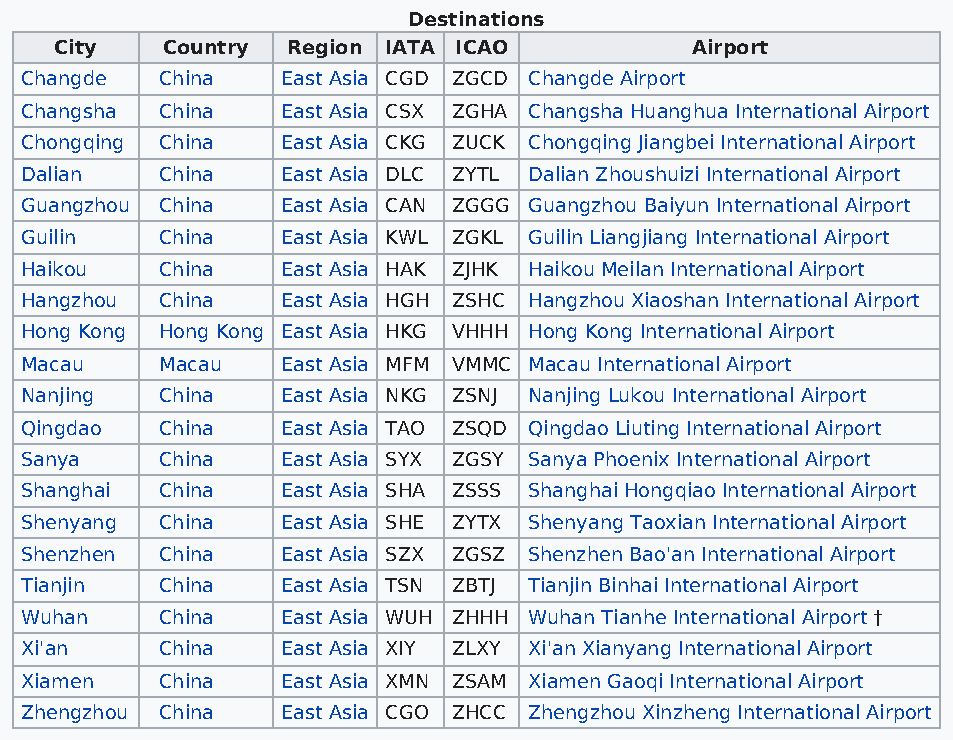
Destinations
 City   Country Region IATA ICAO           Airport
 Changde   China   East Asia CGD ZGCD Changde Airport
 Changsha  China   East Asia CSX ZGHA Changsha Huanghua International Airport
 Chongqing China   East Asia CKG ZUCK Chongqing Jiangbei International Airport
 Dalian    China   East Asia DLC ZYTL Dalian Zhoushuizi International Airport
 Guangzhou China   East Asia CAN ZGGG Guangzhou Baiyun International Airport
 Guilin    China   East Asia KWL ZGKL Guilin Liangjiang International Airport
 Haikou    China   East Asia HAK ZJHK Haikou Meilan International Airport
 Hangzhou  China   East Asia HGH ZSHC Hangzhou Xiaoshan International Airport
 Hong Kong Hong Kong East Asia HKG VHHH Hong Kong International Airport
 Macau     Macau   East Asia MFM VMMC Macau International Airport
 Nanjing   China   East Asia NKG ZSNJ Nanjing Lukou International Airport
 Qingdao   China   East Asia TAO ZSQD Qingdao Liuting International Airport
 Sanya     China   East Asia SYX ZGSY Sanya Phoenix International Airport
 Shanghai  China   East Asia SHA ZSSS Shanghai Hongqiao International Airport
 Shenyang  China   East Asia SHE ZYTX Shenyang Taoxian International Airport
 Shenzhen  China   East Asia SZX ZGSZ Shenzhen Bao'an International Airport
 Tianjin   China   East Asia TSN ZBTJ Tianjin Binhai International Airport
 Wuhan     China   East Asia WUH ZHHH Wuhan Tianhe International Airport †
 Xi'an     China   East Asia XIY ZLXY Xi'an Xianyang International Airport
 Xiamen    China   East Asia XMN ZSAM Xiamen Gaoqi International Airport
 Zhengzhou China   East Asia CGO ZHCC Zhengzhou Xinzheng International Airport